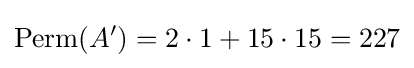
\operatorname {Perm} (A')=2\cdot 1+15\cdot 15=227